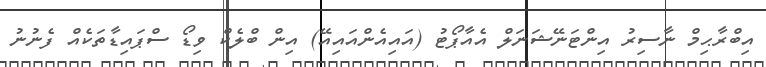
އިބްރާޙިމް ނާސިރު އިންޓަނޭޝަނަލް އެއާޕޯޓު (އައިއެންއައިއޭ) އިން ބްލެކް ވިޑޯ ސްޕައިޑާތަކެއް ފެނުނު